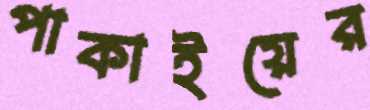
পাকাইয়ের